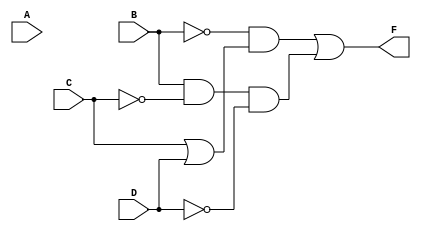
`timescale 1ns / 1ps
//////////////////////////////////////////////////////////////////////////////////
// Company: 
// Engineer: 
// 
// Design Name: 
// Module Name: k_map_2
// Project Name: 
// Target Devices: 
// Tool Versions: 
// Description: 
// 
// Dependencies: 
// 
// Revision:
// Revision 0.01 - File Created
// Additional Comments:
// 
//////////////////////////////////////////////////////////////////////////////////


module k_map_2(
    D,C,B,A,F
    );
    input A,B,C,D;
    output F;
    assign F = ~B&(C|D)|(B&~C&~D);
endmodule